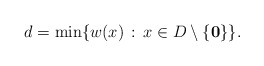
\begin{align*}d=\min\{w(x)\,:\,x\in D\setminus\{{\bf 0}\}\}.\end{align*}